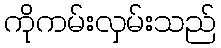
ကိုကမ်းလှမ်းသည်